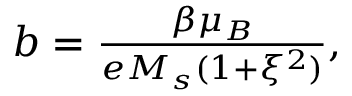
\begin{array} { r } { b = \frac { \beta \mu _ { B } } { e M _ { s } ( 1 + \xi ^ { 2 } ) } , } \end{array}